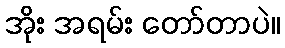
အိုး အရမ်း တော်တာပဲ။